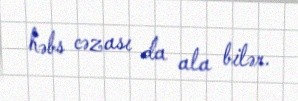
həbs cəzası da ala bilər.